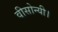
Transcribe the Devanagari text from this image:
वीसोन्यी।